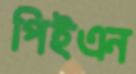
পিইএন